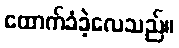
ထောက်ခံခဲ့လေသည်။